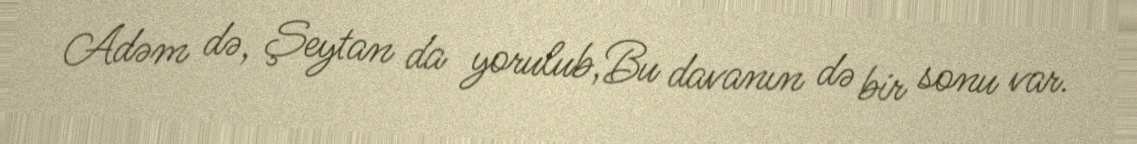
Adəm də, Şeytan da yorulub,Bu davanın də bir sonu var.